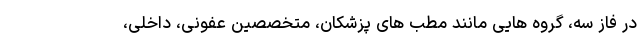
در فاز سه، گروه هایی مانند مطب های پزشکان، متخصصین عفونی، داخلی،